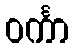
ဝင်္ကာ